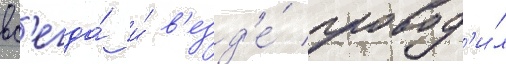
вс'егда́ и́ в'езд'е́ провод'и́л